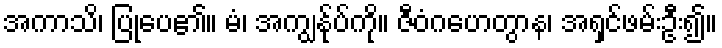
အကာသိ၊ ပြုပေ၏။ မံ၊ အကျွန်ုပ်ကို။ ဇီဝံဂဟေတွာန၊ အရှင်ဖမ်းဦး၍။